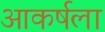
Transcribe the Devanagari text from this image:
आकर्षला